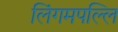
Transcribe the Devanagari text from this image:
लिंगमपल्लि